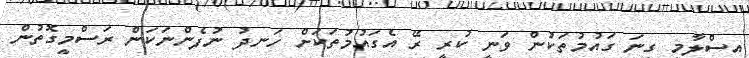
އިސްލާމީ ގިނަ ގައުމުތަކުން ވަނީ ކުރީ ރޭ އެގައުމުތަކަށް ހަނދު ނުފެންނަކަން ރަސްމީގޮތުން